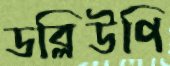
ডব্লিউপি